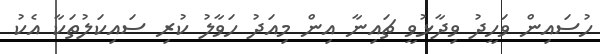
ހުސައިން ވަހީދު ވިދާޅުވީ ޗައިނާ އިން މިއަދު ހަވާލު ކުރި ސައިކަލުތަކާ އެކު